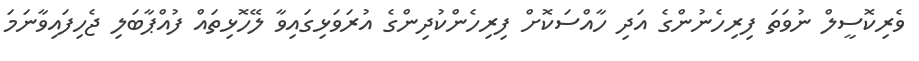
ވެރިކޮސީލް ނުވަތަ ފިރިހެނުންގެ އަދި ހާއްސަކޮށް ފިރިހެންކުދިންގެ އުރަވަޅިގައިވާ ލޭހޮޅިތައް ފުއްޕާބަލި ޖެހިފައިވާނަމަ